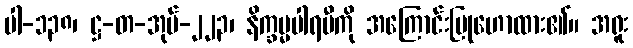
ပါ-၁၃၈၊ ဋ္ဌ-တ-အုပ်-၂၂၃၊ နိက္ခမ္မပါရမီကို အကြောင်းပြုဟောထား၏။ အရူး